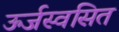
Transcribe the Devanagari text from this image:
ऊर्जस्वसित